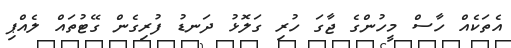
އެތަކެއް ހާސް މީހުންގެ ޖާގަ ހުރި ގަލޮޅު ދަނޑު ފުރިގެން ގޭޓުތައް ލެއްޕި